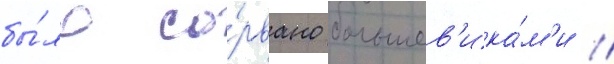
бы́ло со́рвано большев'ика́м'и //